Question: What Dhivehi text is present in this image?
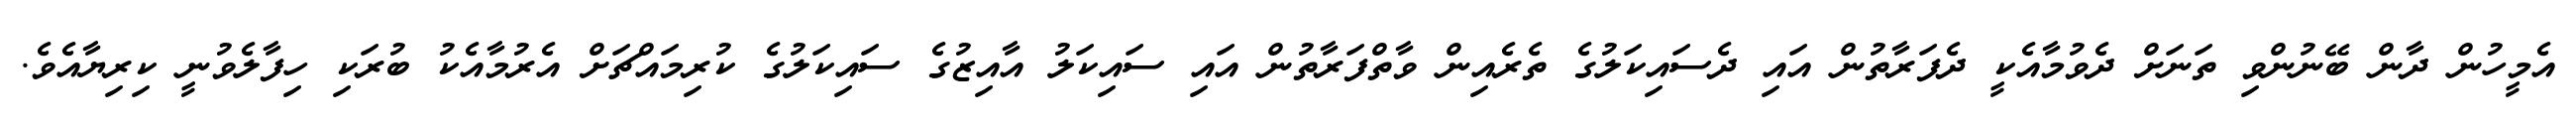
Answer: އެމީހުން ދާން ބޭނުންވި ތަނަށް ދެވުމާއެކީ ދެފަރާތުން އައި ދެސައިކަލުގެ ތެރެއިން ވާތްފަރާތުން އައި ސައިކަލު އާއިޒުގެ ސައިކަލުގެ ކުރިމައްޗަށް އެރުމާއެކު ބުރަކި ހިފާލެވުނީ ކިރިޔާއެވެ.